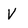
Character: V